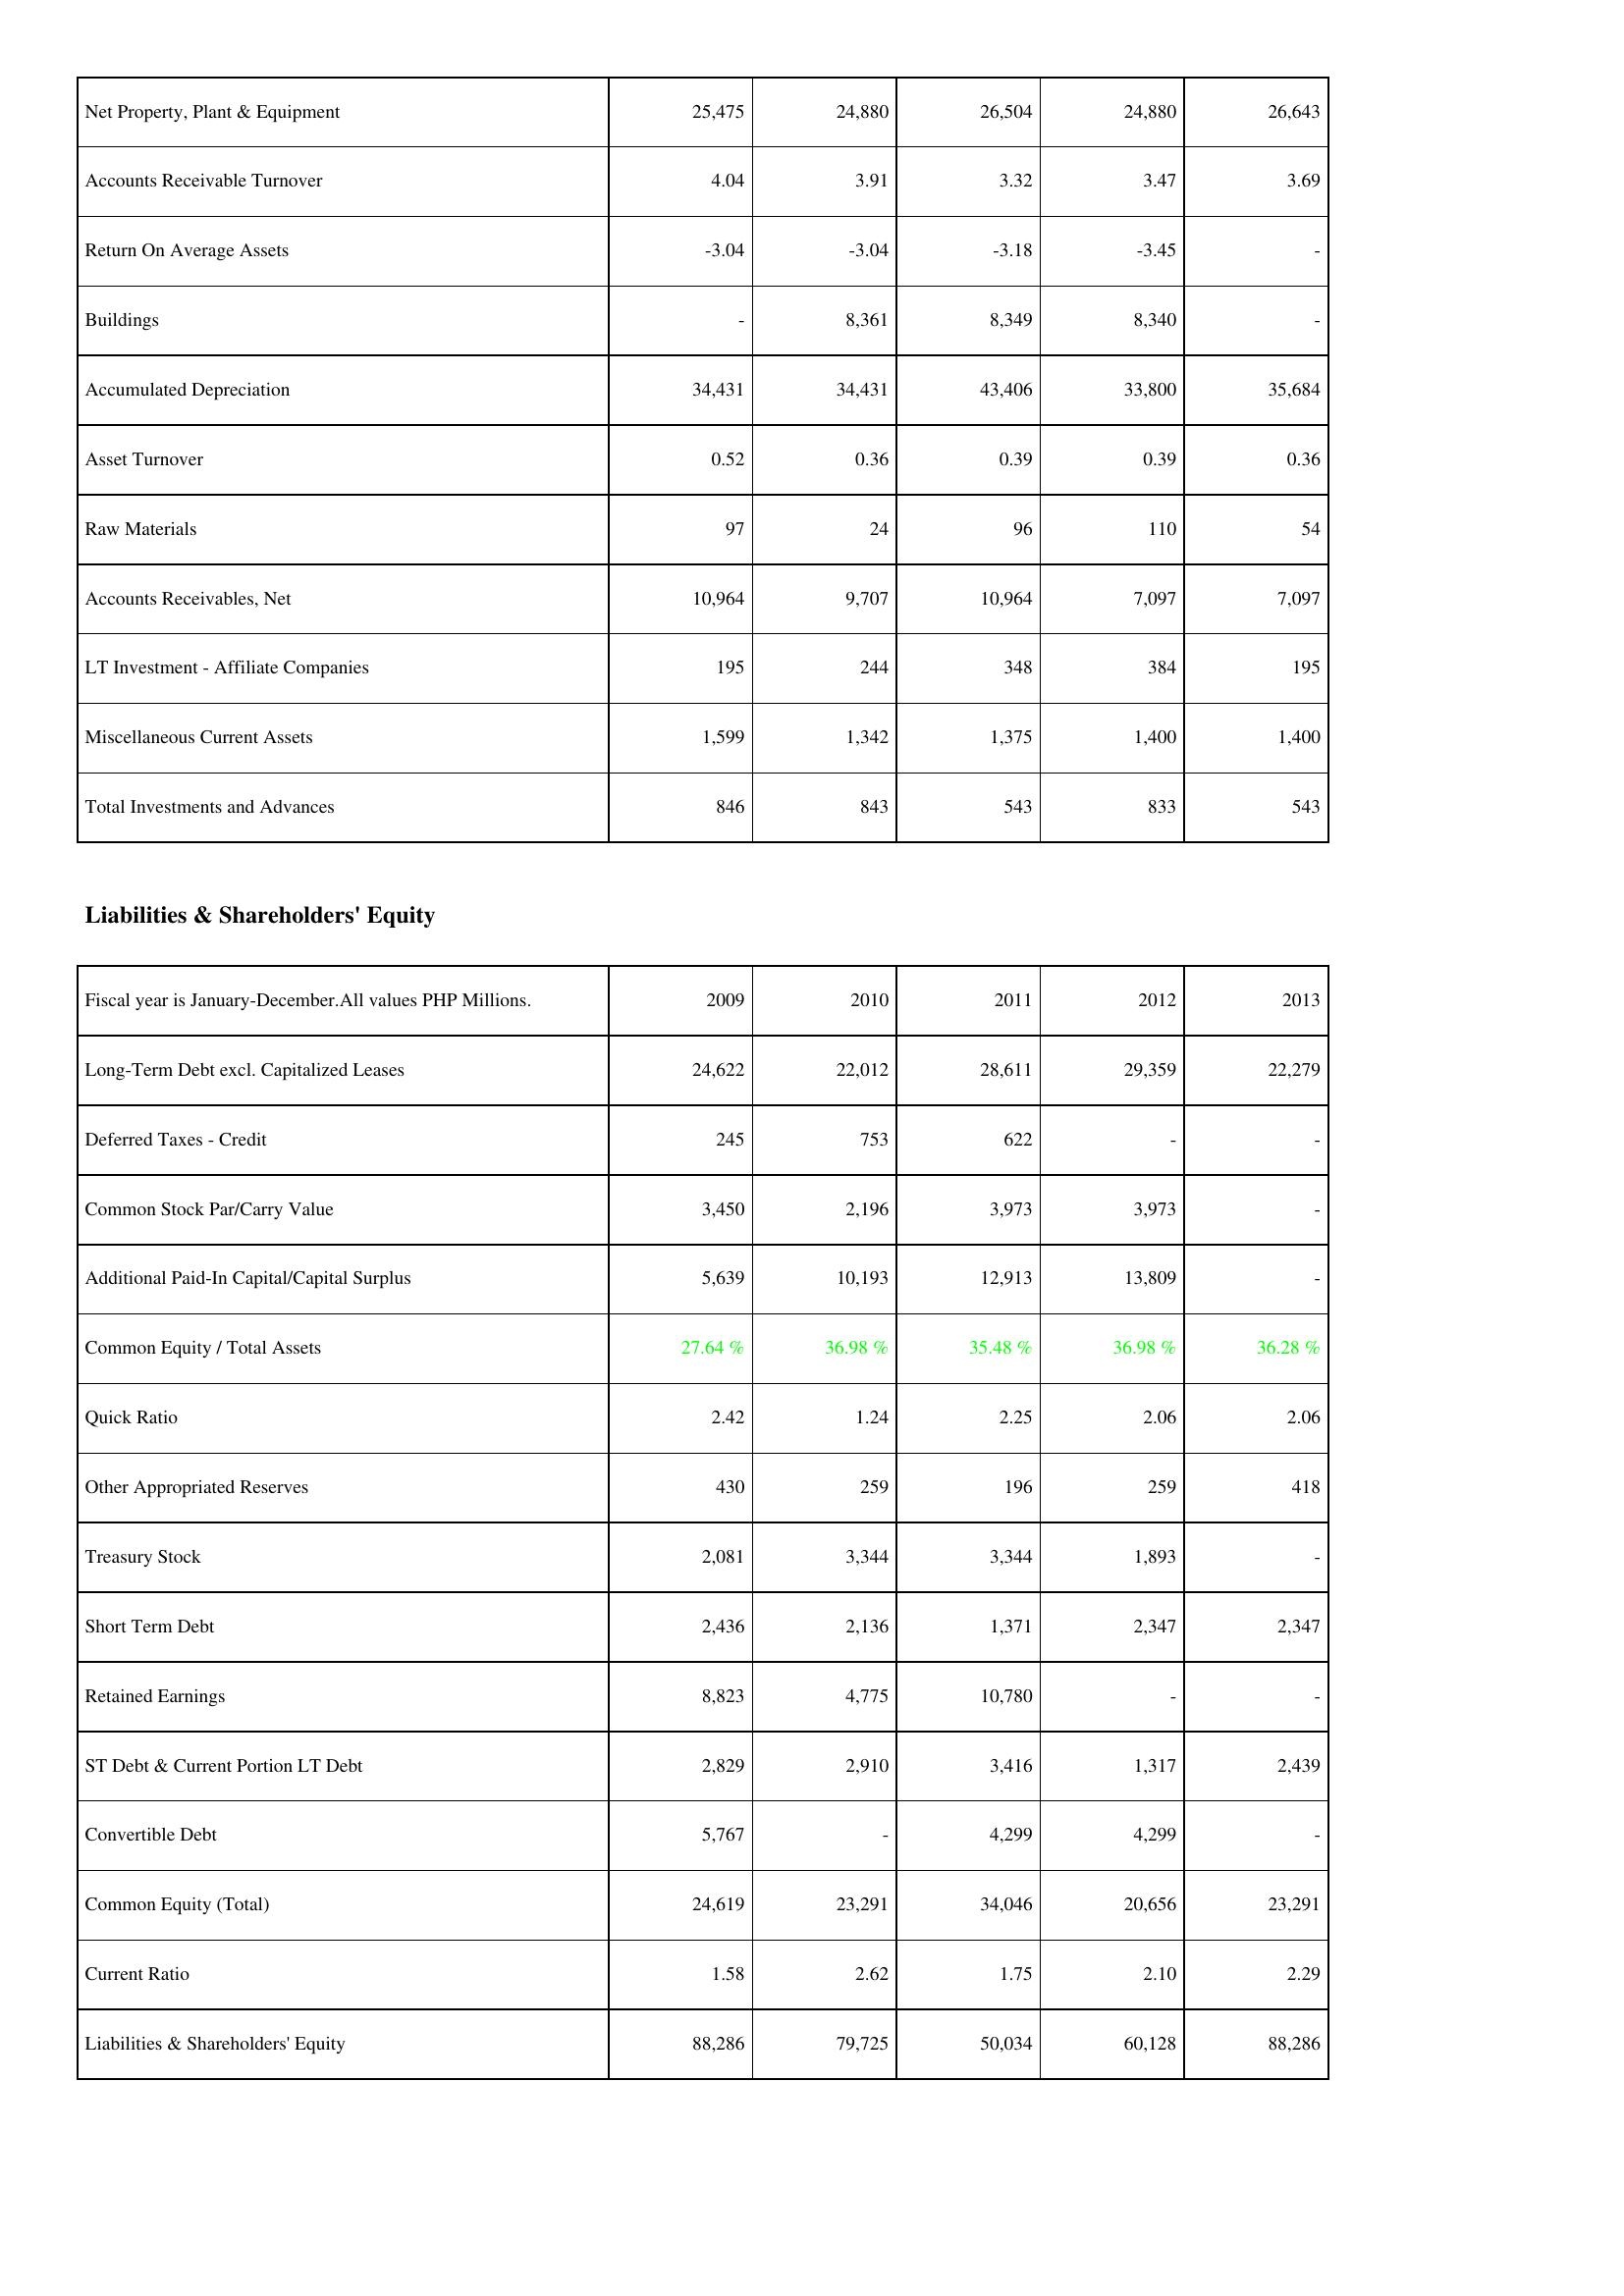
2009: Assets: Net Property, Plant & Equipment: 25,475
Accounts Receivable Turnover: 4.04
Return On Average Assets: -3.04
Buildings: -
Accumulated Depreciation: 34,431
Asset Turnover: 0.52
Raw Materials: 97
Accounts Receivables, Net: 10,964
LT Investment - Affiliate Companies: 195
Miscellaneous Current Assets: 1,599
Total Investments and Advances: 846
Liabilities & Shareholders' Equity: Long-Term Debt excl. Capitalized Leases: 24,622
Deferred Taxes - Credit: 245
Common Stock Par/Carry Value: 3,450
Additional Paid-In Capital/Capital Surplus: 5,639
Common Equity / Total Assets: 27.64 %
Quick Ratio: 2.42
Other Appropriated Reserves: 430
Treasury Stock: 2,081
Short Term Debt: 2,436
Retained Earnings: 8,823
ST Debt & Current Portion LT Debt: 2,829
Convertible Debt: 5,767
Common Equity (Total): 24,619
Current Ratio: 1.58
Liabilities & Shareholders' Equity: 88,286
2010: Assets: Net Property, Plant & Equipment: 24,880
Accounts Receivable Turnover: 3.91
Return On Average Assets: -3.04
Buildings: 8,361
Accumulated Depreciation: 34,431
Asset Turnover: 0.36
Raw Materials: 24
Accounts Receivables, Net: 9,707
LT Investment - Affiliate Companies: 244
Miscellaneous Current Assets: 1,342
Total Investments and Advances: 843
Liabilities & Shareholders' Equity: Long-Term Debt excl. Capitalized Leases: 22,012
Deferred Taxes - Credit: 753
Common Stock Par/Carry Value: 2,196
Additional Paid-In Capital/Capital Surplus: 10,193
Common Equity / Total Assets: 36.98 %
Quick Ratio: 1.24
Other Appropriated Reserves: 259
Treasury Stock: 3,344
Short Term Debt: 2,136
Retained Earnings: 4,775
ST Debt & Current Portion LT Debt: 2,910
Convertible Debt: -
Common Equity (Total): 23,291
Current Ratio: 2.62
Liabilities & Shareholders' Equity: 79,725
2011: Assets: Net Property, Plant & Equipment: 26,504
Accounts Receivable Turnover: 3.32
Return On Average Assets: -3.18
Buildings: 8,349
Accumulated Depreciation: 43,406
Asset Turnover: 0.39
Raw Materials: 96
Accounts Receivables, Net: 10,964
LT Investment - Affiliate Companies: 348
Miscellaneous Current Assets: 1,375
Total Investments and Advances: 543
Liabilities & Shareholders' Equity: Long-Term Debt excl. Capitalized Leases: 28,611
Deferred Taxes - Credit: 622
Common Stock Par/Carry Value: 3,973
Additional Paid-In Capital/Capital Surplus: 12,913
Common Equity / Total Assets: 35.48 %
Quick Ratio: 2.25
Other Appropriated Reserves: 196
Treasury Stock: 3,344
Short Term Debt: 1,371
Retained Earnings: 10,780
ST Debt & Current Portion LT Debt: 3,416
Convertible Debt: 4,299
Common Equity (Total): 34,046
Current Ratio: 1.75
Liabilities & Shareholders' Equity: 50,034
2012: Assets: Net Property, Plant & Equipment: 24,880
Accounts Receivable Turnover: 3.47
Return On Average Assets: -3.45
Buildings: 8,340
Accumulated Depreciation: 33,800
Asset Turnover: 0.39
Raw Materials: 110
Accounts Receivables, Net: 7,097
LT Investment - Affiliate Companies: 384
Miscellaneous Current Assets: 1,400
Total Investments and Advances: 833
Liabilities & Shareholders' Equity: Long-Term Debt excl. Capitalized Leases: 29,359
Deferred Taxes - Credit: -
Common Stock Par/Carry Value: 3,973
Additional Paid-In Capital/Capital Surplus: 13,809
Common Equity / Total Assets: 36.98 %
Quick Ratio: 2.06
Other Appropriated Reserves: 259
Treasury Stock: 1,893
Short Term Debt: 2,347
Retained Earnings: -
ST Debt & Current Portion LT Debt: 1,317
Convertible Debt: 4,299
Common Equity (Total): 20,656
Current Ratio: 2.10
Liabilities & Shareholders' Equity: 60,128
2013: Assets: Net Property, Plant & Equipment: 26,643
Accounts Receivable Turnover: 3.69
Return On Average Assets: -
Buildings: -
Accumulated Depreciation: 35,684
Asset Turnover: 0.36
Raw Materials: 54
Accounts Receivables, Net: 7,097
LT Investment - Affiliate Companies: 195
Miscellaneous Current Assets: 1,400
Total Investments and Advances: 543
Liabilities & Shareholders' Equity: Long-Term Debt excl. Capitalized Leases: 22,279
Deferred Taxes - Credit: -
Common Stock Par/Carry Value: -
Additional Paid-In Capital/Capital Surplus: -
Common Equity / Total Assets: 36.28 %
Quick Ratio: 2.06
Other Appropriated Reserves: 418
Treasury Stock: -
Short Term Debt: 2,347
Retained Earnings: -
ST Debt & Current Portion LT Debt: 2,439
Convertible Debt: -
Common Equity (Total): 23,291
Current Ratio: 2.29
Liabilities & Shareholders' Equity: 88,286